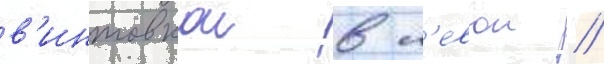
в'интовкои в л'евои //